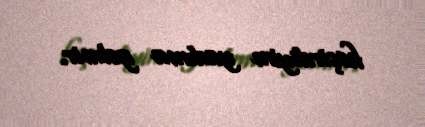
keçirdiyim yadıma gəlmir.